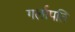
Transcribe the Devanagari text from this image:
गर्लापति